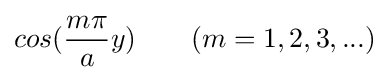
cos({\frac {m\pi }{a}}y)\ \ \ \ \ \ (m=1,2,3,...)